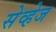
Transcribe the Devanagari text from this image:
सेव्हेज